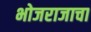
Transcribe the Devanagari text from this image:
भोजराजाचा